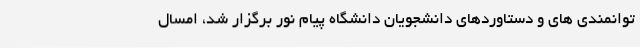
توانمندی های و دستاوردهای دانشجویان دانشگاه پیام نور برگزار شد، امسال